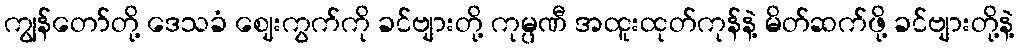
ကျွန်တော်တို့ ဒေသခံ ဈေးကွက်ကို ခင်ဗျားတို့ ကုမ္ပဏီ အထူးထုတ်ကုန်နဲ့ မိတ်ဆက်ဖို့ ခင်ဗျားတို့နဲ့